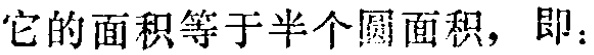
它的面积等于半个圆面积，即：